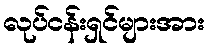
လုပ်ငန်းရှင်များအား